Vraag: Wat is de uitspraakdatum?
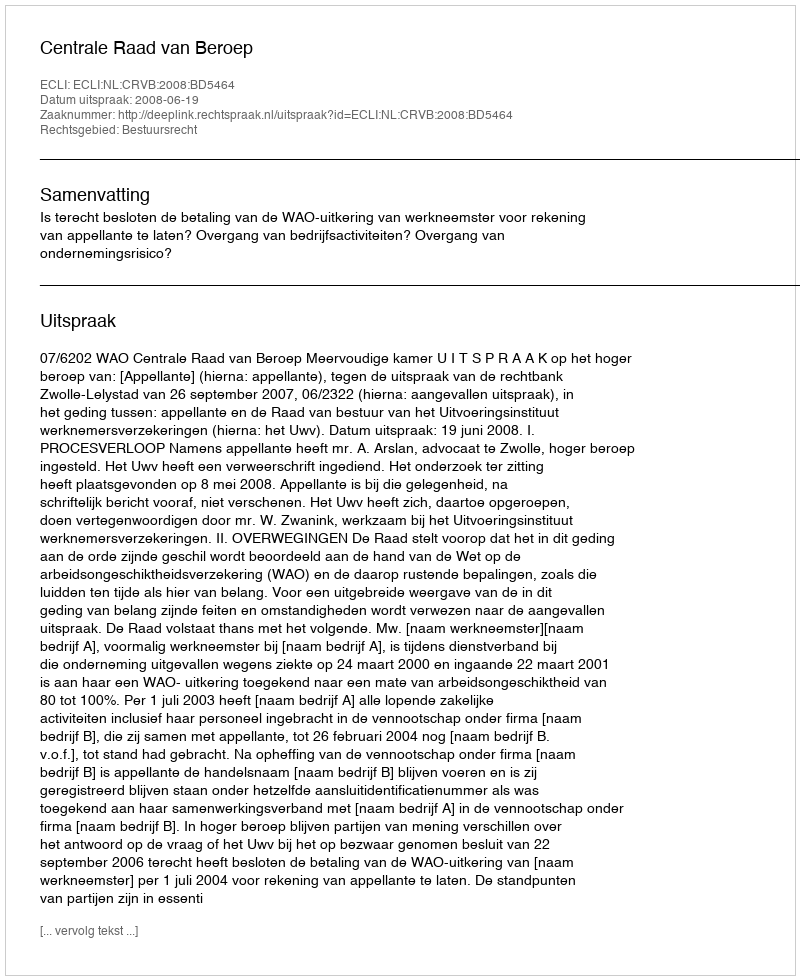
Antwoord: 2008-06-19